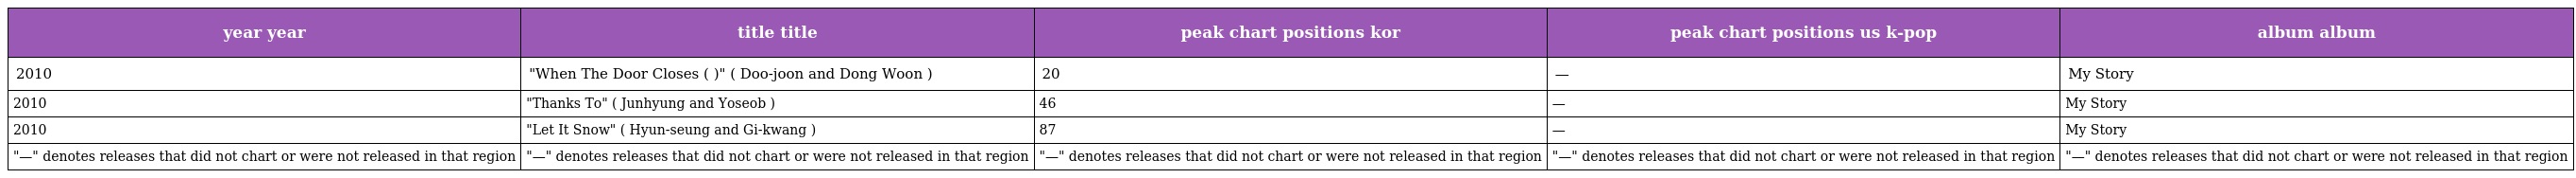
| year year | title title | peak chart positions kor | peak chart positions us k-pop | album album |
 | --- | --- | --- | --- | --- |
 | 2010 | "When The Door Closes (문이 닫히면)" ( Doo-joon and Dong Woon ) | 20 | — | My Story |
 | 2010 | "Thanks To" ( Junhyung and Yoseob ) | 46 | — | My Story |
 | 2010 | "Let It Snow" ( Hyun-seung and Gi-kwang ) | 87 | — | My Story |
 | "—" denotes releases that did not chart or were not released in that region | "—" denotes releases that did not chart or were not released in that region | "—" denotes releases that did not chart or were not released in that region | "—" denotes releases that did not chart or were not released in that region | "—" denotes releases that did not chart or were not released in that region |